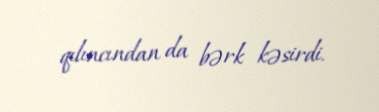
qılıncından da bərk kəsirdi.